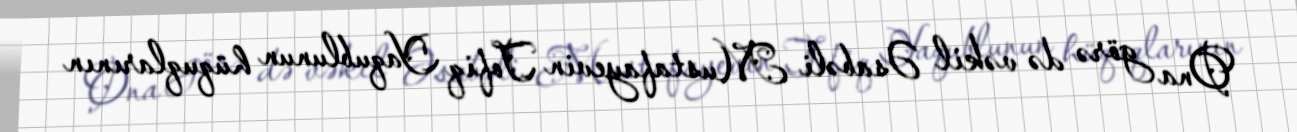
Ona görə də vəkil Əsabəli Mustafayevin Tofiq Yaqublunun hüquqlarının